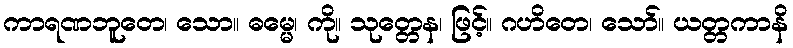
ကာရဏဘူတေ၊ သော။ ဓမ္မေ၊ ကို။ သုတ္တေန၊ ဖြင့်။ ဂဟိတေ၊ သော်။ ယတ္တကာနိ